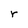
Character: r